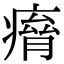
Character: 𤸾